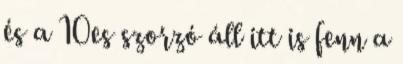
és a 10es szorzó áll itt is fenn a